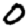
Digit: 0